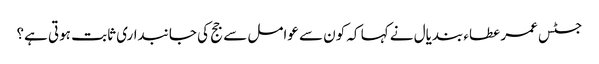
جسٹس عمر عطاء بندیال نے کہا کہ کون سے عوامل سے جج کی جانبداری ثابت ہوتی ہے؟